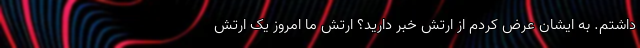
داشتم. به ایشان عرض کردم از ارتش خبر دارید؟ ارتش ما امروز یک ارتش